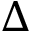
\Delta